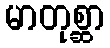
မာတုစ္ဆာ